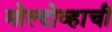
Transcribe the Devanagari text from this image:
मोल्दोव्हाची